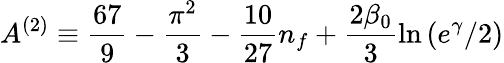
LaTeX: A^{(2)}\equiv\frac{67}{9}-\frac{\pi^{2}}{3}-\frac{10}{27}n_{f}+\frac{2\beta_{0}}{3}\ln\left(e^{\gamma}/2\right)